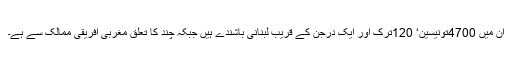
ان میں 4700تونیسین‘ 120ترک اور ایک درجن کے قریب لبنانی باشندے ہیں جبکہ چند کا تعلق مغربی افریقی ممالک سے ہے۔